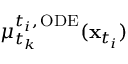
\mu _ { t _ { k } } ^ { t _ { i } , \, \mathrm { O D E } } ( \mathbf { x } _ { t _ { i } } )